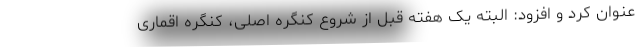
عنوان کرد و افزود: البته یک هفته قبل از شروع کنگره اصلی، کنگره اقماری